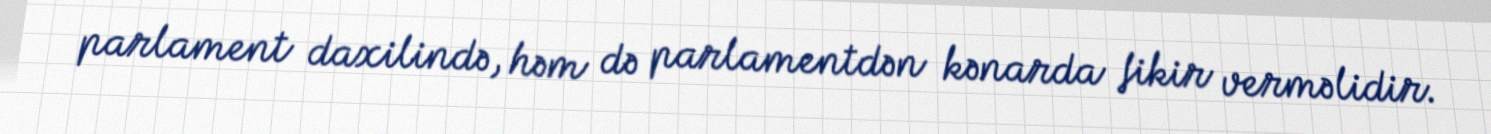
parlament daxilində, həm də parlamentdən kənarda fikir verməlidir.